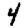
Digit: 4